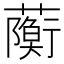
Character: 𧁠